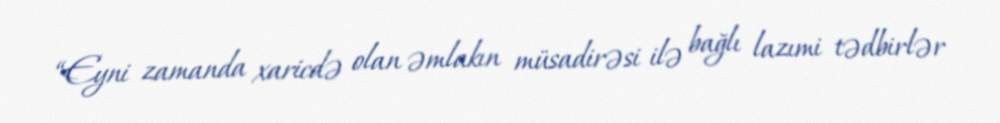
“Eyni zamanda xaricdə olan əmlakın müsadirəsi ilə bağlı lazımi tədbirlər